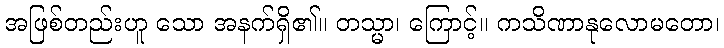
အဖြစ်တည်းဟူ သော အနက်ရှိ၏။ တသ္မာ၊ ကြောင့်။ ကသိဏာနုလောမတော၊